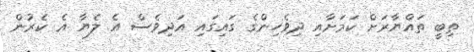
ތިބީ ތައްޔާރަށް ކަމަށާއި ދިވެހިންގެ ގައިގައި އަދިވެސް އެ ލެޔާ އެ ކެރުން